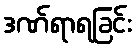
ဒဏ်ရာရခြင်း